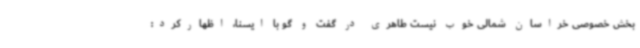
بخش خصوصی خراسان شمالی خوب نیست طاهری در گفت و گو با ایسنا، اظهارکرد: